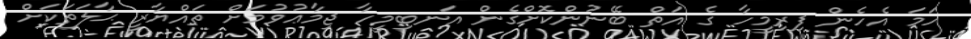
ހަމަ އެހެން ފިރިމީހާ ގެ އަތް ބޭނުންކޮށްގެން އަނބިމީހާ ޖިމާޢުވުމަށް ތައްޔާރީ ޙާލަތަކަށް